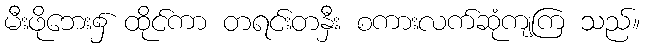
မီးဖိုဘေး၌ ထိုင်ကာ တရင်းတနှီး စကားလက်ဆုံကျကြ သည်။